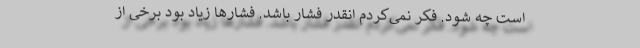
است چه شود. فکر نمی‌کردم انقدر فشار باشد. فشارها زیاد بود برخی از